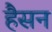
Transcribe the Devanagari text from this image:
हैसन